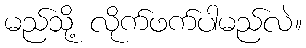
မည်သို့ လိုက်ဖက်ပါမည်လဲ။